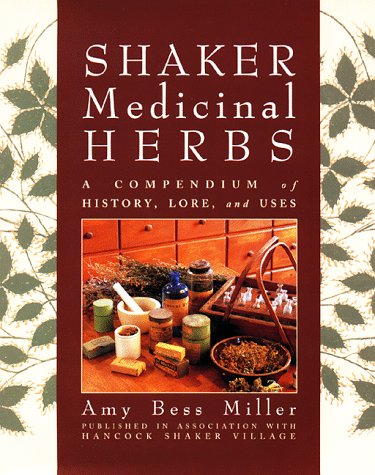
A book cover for Shaker Medicinal Herbs: A Compendium of History, Lore, and Uses; Amy Bess Miller; Medical Books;